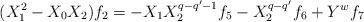
LaTeX: \begin{align*}(X_{1}^2-X_{0}X_{2})f_{2} = -X_{1}X_{2}^{q-q'-1}f_{5}-X_{2}^{q-q'}f_{6}+Y^{w}f_{7}\end{align*}